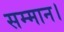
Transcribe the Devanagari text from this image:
सम्‍मान।